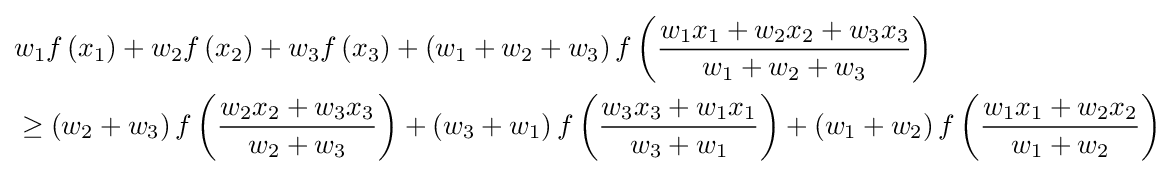
{\begin{aligned}&w_{1}f\left(x_{1}\right)+w_{2}f\left(x_{2}\right)+w_{3}f\left(x_{3}\right)+\left(w_{1}+w_{2}+w_{3}\right)f\left({\frac {w_{1}x_{1}+w_{2}x_{2}+w_{3}x_{3}}{w_{1}+w_{2}+w_{3}}}\right)\\&\geq \left(w_{2}+w_{3}\right)f\left({\frac {w_{2}x_{2}+w_{3}x_{3}}{w_{2}+w_{3}}}\right)+\left(w_{3}+w_{1}\right)f\left({\frac {w_{3}x_{3}+w_{1}x_{1}}{w_{3}+w_{1}}}\right)+\left(w_{1}+w_{2}\right)f\left({\frac {w_{1}x_{1}+w_{2}x_{2}}{w_{1}+w_{2}}}\right)\end{aligned}}